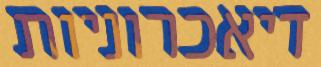
דיאכרוניות